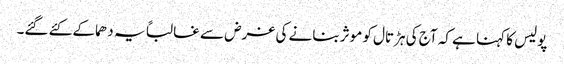
پولیس کا کہنا ہے کہ آج کی ہڑتال کو موثر بنانے کی غرض سے غالباً یہ دھماکے کئے گئے۔